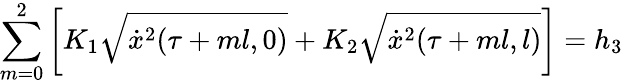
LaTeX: \sum_{m=0}^{2}\left[K_{1}\sqrt{\dot{x}^{2}(\tau+ml,0)}+K_{2}\sqrt{\dot{x}^{2}(\tau+ml,l)}\right]=h_{3}